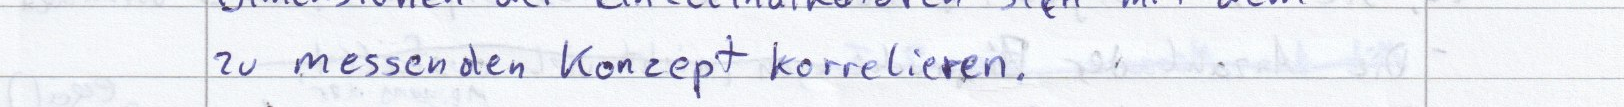
zu messenden Konzept korrelieren